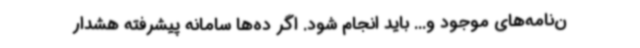
ن‌نامه‌های موجود و... باید انجام شود. اگر ده‌ها سامانه پیشرفته هشدار